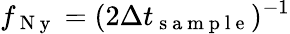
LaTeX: f_{\mathrm{~N~y~}}=(2\Delta t_{\mathrm{~s~a~m~p~l~e~}})^{-1}